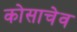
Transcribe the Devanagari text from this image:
कोसाचेव